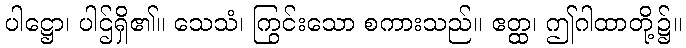
ပါဋ္ဌော၊ ပါဌ်ရှိ၏။ သေသံ၊ ကြွင်းသော စကားသည်။ ဧတ္ထ၊ ဤဂါထာတို့၌။